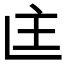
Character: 𬻻